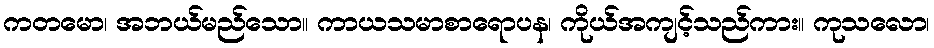
ကတမော၊ အဘယ်မည်သော။ ကာယသမာစာရောပန၊ ကိုယ်အကျင့်သည်ကား။ ကုသလော၊